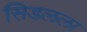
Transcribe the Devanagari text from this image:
सिडलला